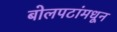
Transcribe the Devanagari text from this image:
बोलपटांमधून